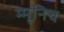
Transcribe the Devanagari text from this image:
म्मूनिच